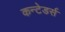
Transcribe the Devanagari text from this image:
कन्टेडर्स